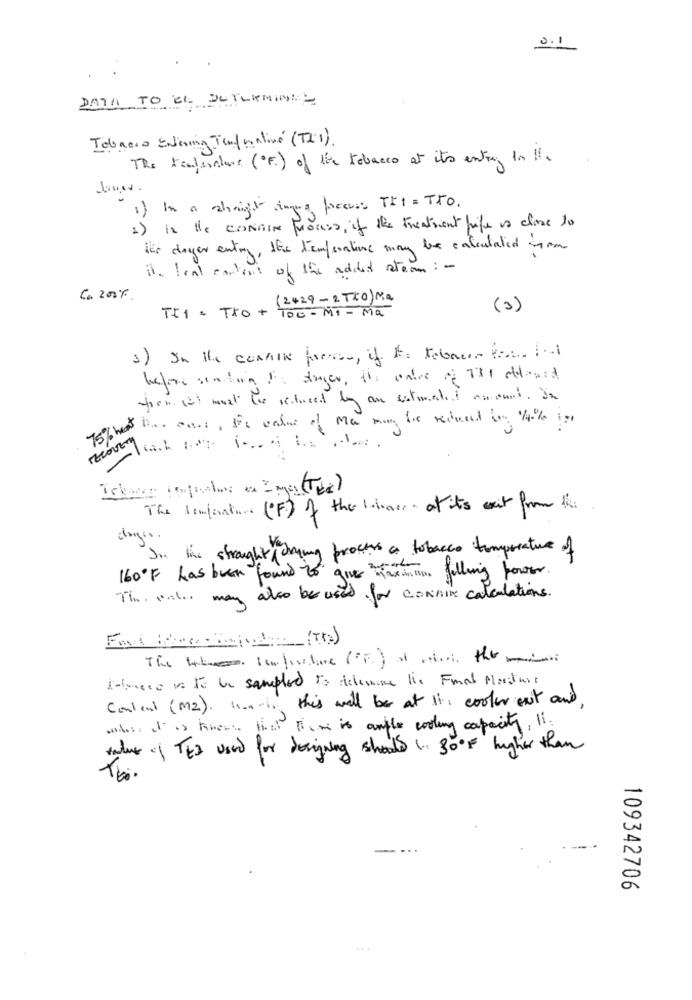
0.1
DATA TO EL DUFLAMINGS
Tobacco Entiring Tend matiné (T21).
The tonterature (F) of the tobacco at its entre In His
1) In a shnight ingere freecss Tht = THO.
1) is the CONTIN process, if the treatment life is close to
its deyer entry, the temperature may be calculated you
it. Ical content of the added stron: -
C. 200%.
(2429- 2 TLO) Ma
(3)
TI 1 = TXO + 100 - MI- Ma
3) In the conAIR force, if It= tobacco fot bal
from ist most tor reduced by an estimated amount. In
15the line cars, the value of Ma man bis reduced i 14% ist
recovery
1-
The temperature (F) of the lines at its exit from the.
Jo, las strought drying process a tobacco temperature of
160ºF has been found to" give maximum filling power.
The water may also be used for connine calculations.
ditocco vo to be sampled to delesine the Final Porituss
Content (M2). 11 ..- 1. this will be at Its cooler exit and,
whois It is hier: list them is anflo cooling capacity, 11.
tale of TES used for designing schools ( 300F higher than
109342706